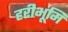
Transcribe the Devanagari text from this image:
हरीभूमि